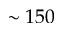
\sim 1 5 0